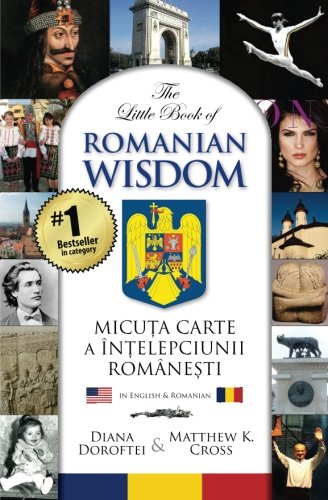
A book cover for The Little Book of Romanian Wisdom (English and Romanian Edition); Ms. Diana Doroftei; History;